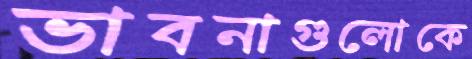
ভাবনাগুলোকে